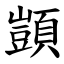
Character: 顗